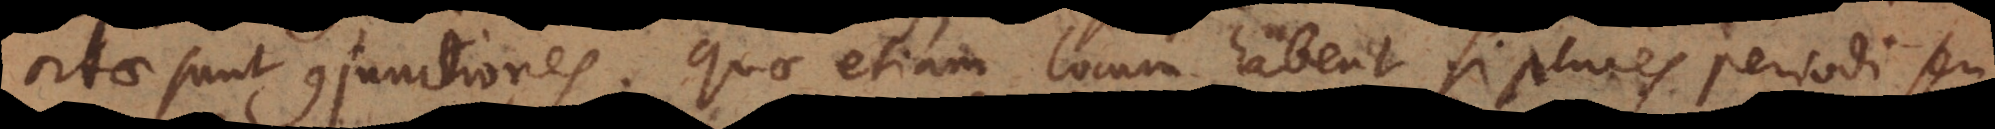
ortae sunt conjunctiones. Quae etiam locum habent, si plures periodi seu